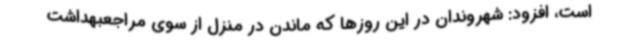
است، افزود: شهروندان در این روزها که ماندن در منزل از سوی مراجعبهداشت